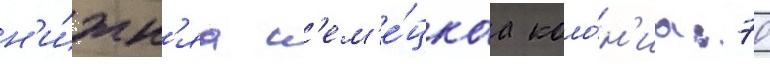
н'и́жн'яа н'ем'е́цкаа коло́н'иа: 70